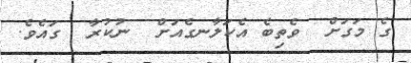
ގެ މަގަށް  ވެތިބެ އެކަލާނގެއަށް  ނުކުރާ  ގައެވެ.